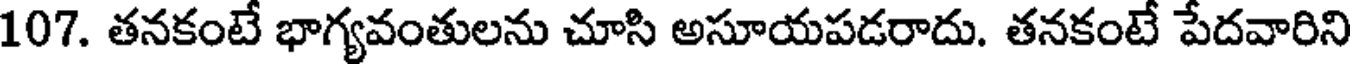
107. తనకంటే భాగ్యవంతులను చూసి అసూయపడరాదు. తనకంటే పేదవారిని